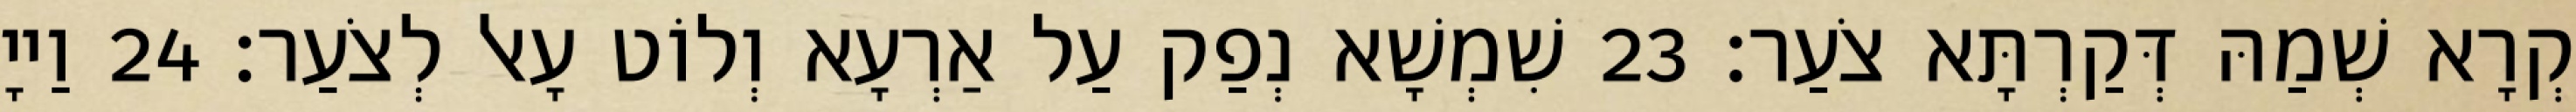
קְרָא שְׁמַהּ דְּקַרְתָּא צֹעַר׃ 23 שִׁמְשָׁא נְפַק עַל אַרְעָא וְלוֹט עָאל לְצֹעַר׃ 24 וַייָ